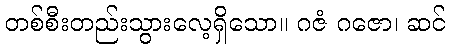
တစ်စီးတည်းသွားလေ့ရှိသော။ ဂဇံ ဂဇော၊ ဆင်